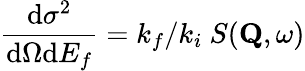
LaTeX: \frac{\mathrm{d}\sigma^{2}}{\mathrm{d}\Omega\mathrm{d}E_{f}}=k_{f}/k_{i}\ S(\mathbf{Q},\omega)